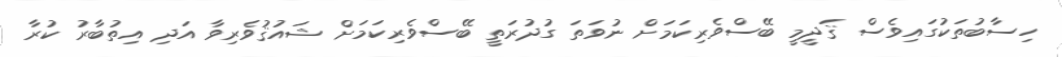
ހިސާބުތަކުގައިވެސް ޤަދީމީ ބޭސްވެރިކަމަށް ނުވަތަ ގުދުރަތީ ބޭސްވެރިކަމަށް ޝައުޤުވެރިވާ އަދި އިތުބާރު ކުރާ